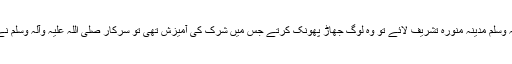
’’رسول اﷲ صلی اللہ علیہ وآلہ وسلم مدینہ منورہ تشریف لائے تو وہ لوگ جھاڑ پھونک کرتے جس میں شرک کی آمیزش تھی تو سرکار صلی اللہ علیہ وآلہ وسلم نے دم کرنے سے منع فرما دیا۔